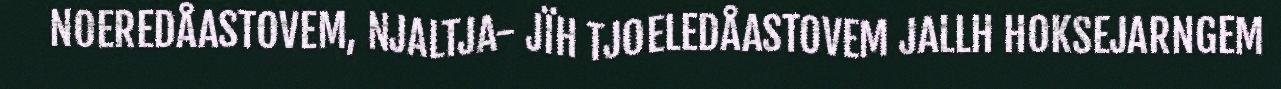
NOEREDÅASTOVEM, NJALTJA- JÏH TJOELEDÅASTOVEM JALLH HOKSEJARNGEM